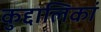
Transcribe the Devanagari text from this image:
कुद्दालिकां